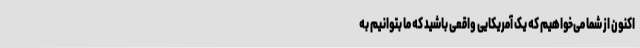
اکنون از شما می‌خواهیم که یک آمریکایی واقعی باشید که ما بتوانیم به